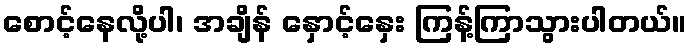
စောင့်နေလို့ပါ၊ အချိန် နှောင့်နှေး ကြန့်ကြာသွားပါတယ်။